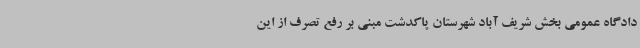
دادگاه عمومی بخش شریف آباد شهرستان پاکدشت مبنی بر رفع تصرف از این